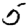
Digit: 5